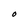
Character: O